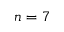
n = 7